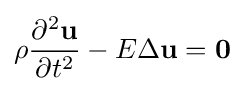
\rho {\frac {\partial ^{2}\mathbf {u} }{\partial t^{2}}}-E\Delta \mathbf {u} =\mathbf {0}